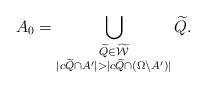
LaTeX: \begin{align*}A_0=\bigcup_{\substack{\widetilde Q\in\widetilde{\mathcal W}\\ |c\widetilde Q\cap A'|>|c\widetilde Q\cap (\Omega \setminus A')| }}\widetilde Q .\end{align*}